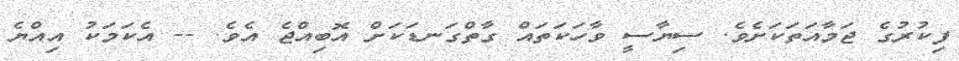
ފިކުރުގެ ޖަމާއަތަކަށެވެ. ސިޔާސީ ވާހަކަތައް ގާތްގަނޑަކަށް އޮބިއްޖެ އެވެ. -- އެކަމަކު އިއްޔެ